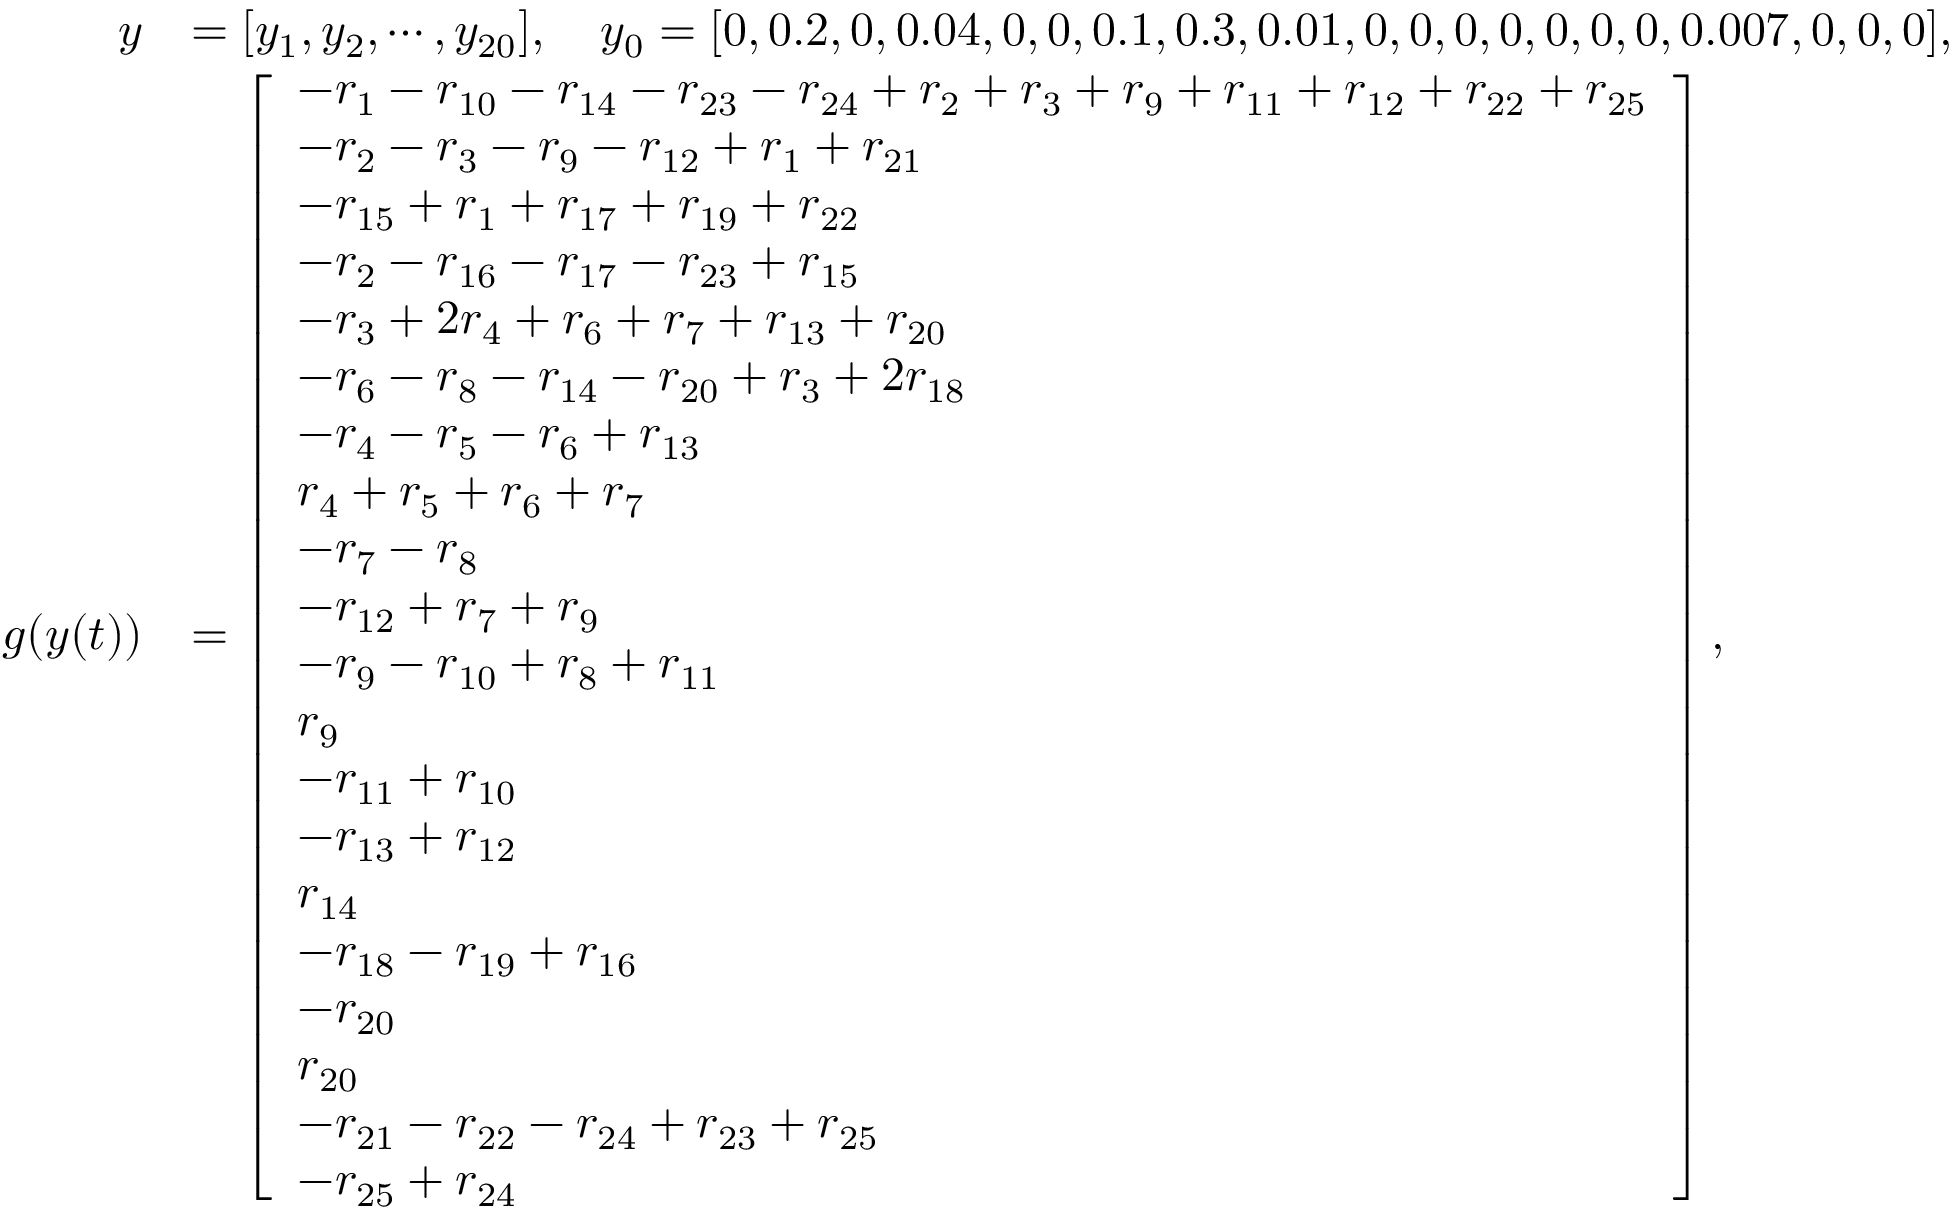
\begin{array} { r l } { y } & { = [ y _ { 1 } , y _ { 2 } , \cdots , y _ { 2 0 } ] , ~ ~ ~ y _ { 0 } = [ 0 , 0 . 2 , 0 , 0 . 0 4 , 0 , 0 , 0 . 1 , 0 . 3 , 0 . 0 1 , 0 , 0 , 0 , 0 , 0 , 0 , 0 , 0 . 0 0 7 , 0 , 0 , 0 ] , } \\ { g ( y ( t ) ) } & { = \left[ \begin{array} { l } { - r _ { 1 } - r _ { 1 0 } - r _ { 1 4 } - r _ { 2 3 } - r _ { 2 4 } + r _ { 2 } + r _ { 3 } + r _ { 9 } + r _ { 1 1 } + r _ { 1 2 } + r _ { 2 2 } + r _ { 2 5 } } \\ { - r _ { 2 } - r _ { 3 } - r _ { 9 } - r _ { 1 2 } + r _ { 1 } + r _ { 2 1 } } \\ { - r _ { 1 5 } + r _ { 1 } + r _ { 1 7 } + r _ { 1 9 } + r _ { 2 2 } } \\ { - r _ { 2 } - r _ { 1 6 } - r _ { 1 7 } - r _ { 2 3 } + r _ { 1 5 } } \\ { - r _ { 3 } + 2 r _ { 4 } + r _ { 6 } + r _ { 7 } + r _ { 1 3 } + r _ { 2 0 } } \\ { - r _ { 6 } - r _ { 8 } - r _ { 1 4 } - r _ { 2 0 } + r _ { 3 } + 2 r _ { 1 8 } } \\ { - r _ { 4 } - r _ { 5 } - r _ { 6 } + r _ { 1 3 } } \\ { r _ { 4 } + r _ { 5 } + r _ { 6 } + r _ { 7 } } \\ { - r _ { 7 } - r _ { 8 } } \\ { - r _ { 1 2 } + r _ { 7 } + r _ { 9 } } \\ { - r _ { 9 } - r _ { 1 0 } + r _ { 8 } + r _ { 1 1 } } \\ { r _ { 9 } } \\ { - r _ { 1 1 } + r _ { 1 0 } } \\ { - r _ { 1 3 } + r _ { 1 2 } } \\ { r _ { 1 4 } } \\ { - r _ { 1 8 } - r _ { 1 9 } + r _ { 1 6 } } \\ { - r _ { 2 0 } } \\ { r _ { 2 0 } } \\ { - r _ { 2 1 } - r _ { 2 2 } - r _ { 2 4 } + r _ { 2 3 } + r _ { 2 5 } } \\ { - r _ { 2 5 } + r _ { 2 4 } } \end{array} \right] , } \end{array}